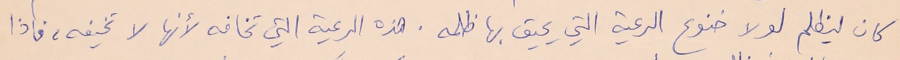
كان ليظلم لولا خنوع الرعية يحيق بها ظلمه. هذه الرعية التي تخافه لأنها لا تخيفه، فاذا